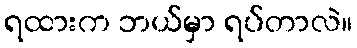
ရထားက ဘယ်မှာ ရပ်တာလဲ။